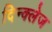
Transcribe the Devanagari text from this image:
दिन्क्लेज